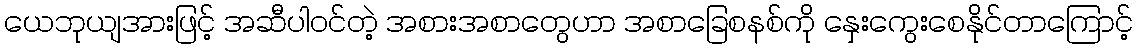
ယေဘုယျအားဖြင့် အဆီပါဝင်တဲ့ အစားအစာတွေဟာ အစာခြေစနစ်ကို နှေးကွေးစေနိုင်တာကြောင့်